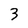
Character: 3